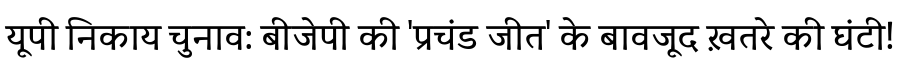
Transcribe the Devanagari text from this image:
यूपी निकाय चुनाव: बीजेपी की 'प्रचंड जीत' के बावजूद ख़तरे की घंटी!